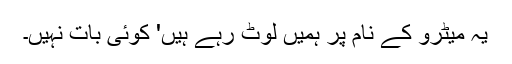
یہ میٹرو کے نام پر ہمیں لوٹ رہے ہیں' کوئی بات نہیں۔